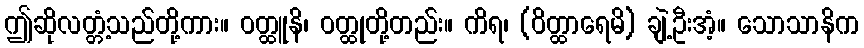
ဤဆိုလတ္တံ့သည်တို့ကား။ ဝတ္ထူနိ၊ ဝတ္ထုတို့တည်း။ ကိရ၊ (ဝိတ္ထာရေမိ) ချဲ့ဦးအံ့။ သောသာနိက